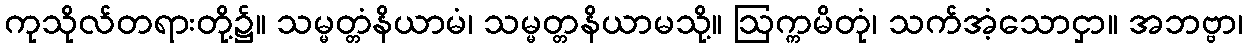
ကုသိုလ်တရားတို့၌။ သမ္မတ္တံနိယာမံ၊ သမ္မတ္တနိယာမသို့။ ဩက္ကမိတုံ၊ သက်အံ့သောငှာ။ အဘဗ္ဗာ၊